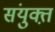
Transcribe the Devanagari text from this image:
संयुक्त़